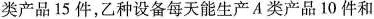
类产品15件，乙种设备每天能生产A类产品10件和